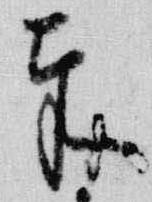
奉